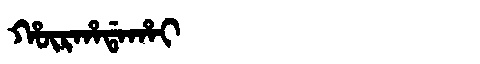
Manchu: ᡥᡡᡵᡥᠠᡩᠠᡥᠠᡳ
Romanization: HŪRHADAHAI